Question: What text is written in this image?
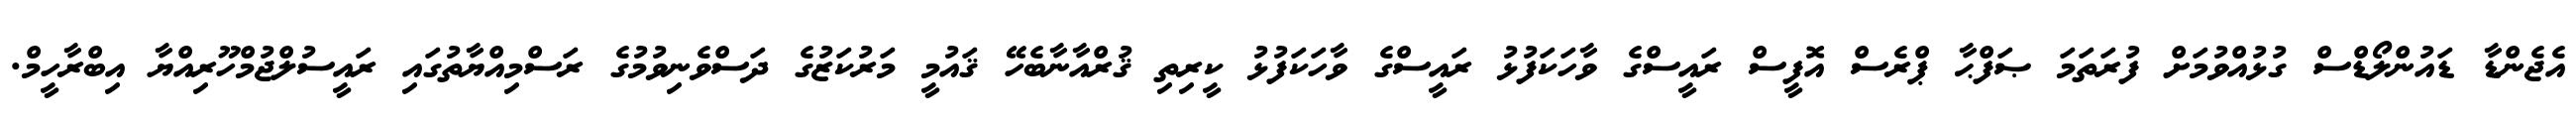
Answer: އެޖެންޑާ ޑައުންލޯޑްސް ގުޅުއްވުމަށް ފުރަތަމަ ޞަފްޙާ ޕްރެސް އޮފީސް ރައީސްގެ ވާހަކަފުޅު ރައީސްގެ ވާހަކަފުޅު ކީރިތި ޤުރްއާނާބެހޭ ޤައުމީ މަރުކަޒުގެ ދަސްވެނިވުމުގެ ރަސްމިއްޔާތުގައި ރައީސުލްޖުމްހޫރިއްޔާ އިބްރާހީމް.